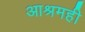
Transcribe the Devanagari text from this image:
आश्रमही